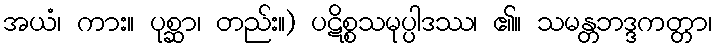
အယံ၊ ကား။ ပုစ္ဆာ၊ တည်း။) ပဋိစ္စသမုပ္ပါဒဿ၊ ၏။ သမန္တဘဒ္ဒကတ္တာ၊